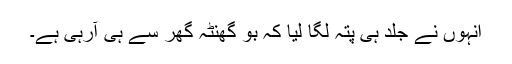
انہوں نے جلد ہی پتہ لگا لیا کہ بو گھنٹہ گھر سے ہی آرہی ہے۔